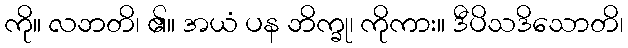
ကို။ လဘတိ၊ ၏။ အယံ ပန ဘိက္ခု၊ ကိုကား။ ဒီပိသဒိသောတိ၊